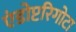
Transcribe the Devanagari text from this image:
एंडोप्टरिगोटा